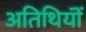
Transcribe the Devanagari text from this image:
अतिथियॊं